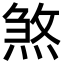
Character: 煞